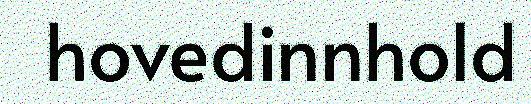
hovedinnhold